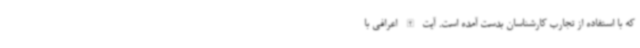
که با استفاده از تجارب کارشناسان بدست آمده است. آیت الله اعرافی با